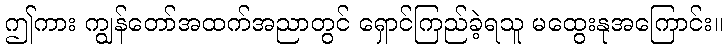
ဤကား ကျွန်တော်အထက်အညာတွင် ရှောင်ကြည်ခဲ့ရသူ မထွေးနုအကြောင်း။